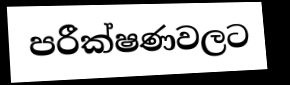
පරීක්ෂණවලට